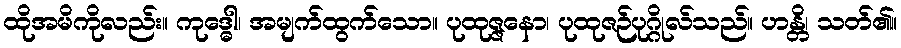
ထိုအမိကိုလည်း။ ကုဒ္ဓေါ၊ အမျက်ထွက်သော။ ပုထုဇ္ဇနော၊ ပုထုဇဉ်ပုဂ္ဂိုလ်သည်။ ဟန္တိ၊ သတ်၏။